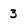
Character: 3